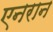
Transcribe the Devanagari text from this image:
एनरान